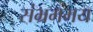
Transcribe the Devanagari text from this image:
संभ्रममय